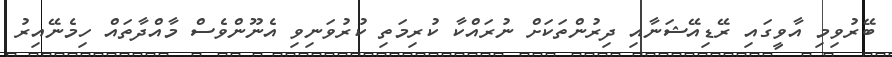
ބޭރުވިމި އާވީގައި ރޭޑިއޭޝަނާއި ދިރުންތަކަށް ނުރައްކާ ކުރިމަތި ކުރުވަނިވި އެނޫންވެސް މާއްދާތައް ހިމެނޭއިރު